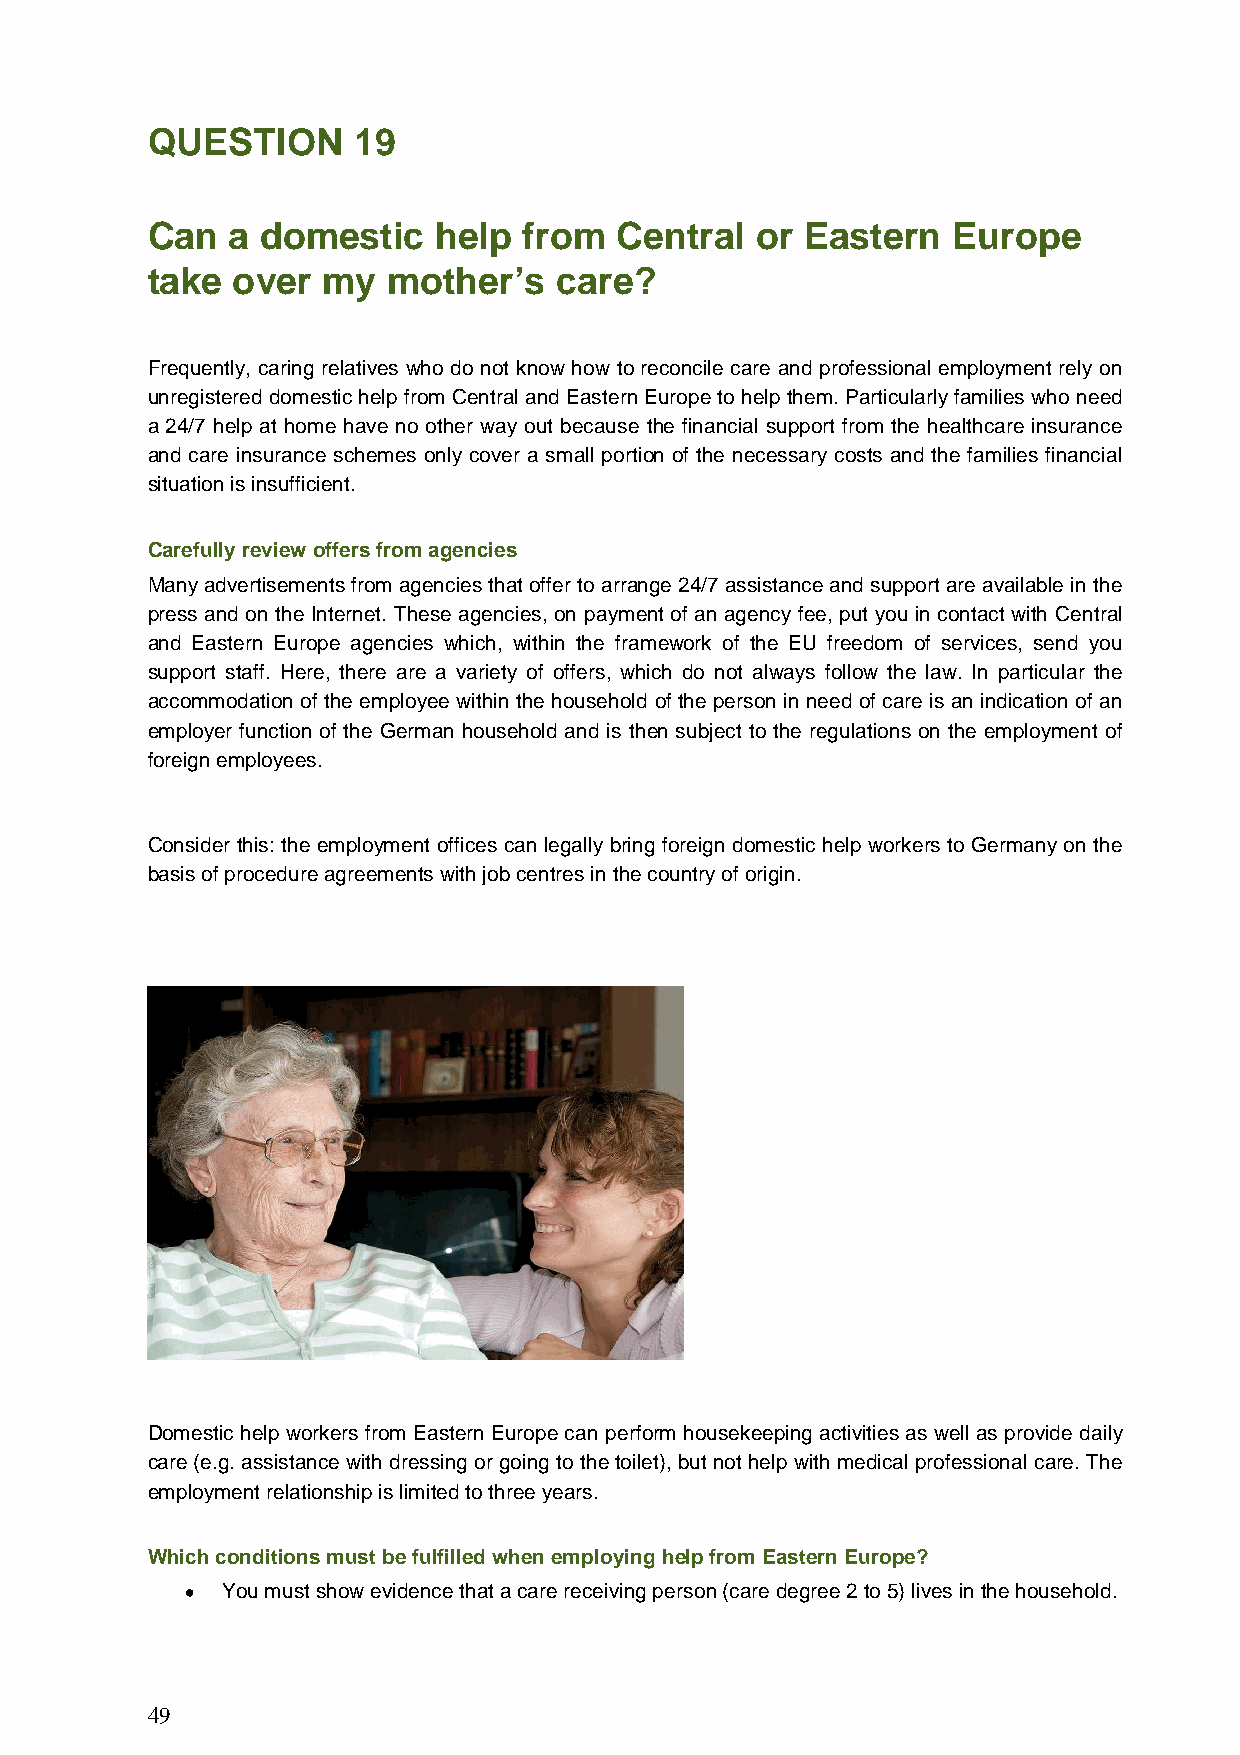
QUESTION     19
 Can  a domestic    help  from  Central  or Eastern   Europe
 take over  my   mother’s   care?
 Frequently, caring relatives who do not know how to reconcile care and professional employment rely on
 unregistered domestic help from Central and Eastern Europe to help them. Particularly families who need
 a 24/7 help at home have no other way out because the financial support from the healthcare insurance
 and care insurance schemes only cover a small portion of the necessary costs and the families financial
 situation is insufficient.
 Carefully review offers from agencies
 Many advertisements from agencies that offer to arrange 24/7 assistance and support are available in the
 press and on the Internet. These agencies, on payment of an agency fee, put you in contact with Central
 and Eastern Europe agencies which, within the framework of the EU freedom of services, send you
 support staff. Here, there are a variety of offers, which do not always follow the law. In particular the
 accommodation of the employee within the household of the person in need of care is an indication of an
 employer function of the German household and is then subject to the regulations on the employment of
 foreign employees.
 Consider this: the employment offices can legally bring foreign domestic help workers to Germany on the
 basis of procedure agreements with job centres in the country of origin.
 Domestic help workers from Eastern Europe can perform housekeeping activities as well as provide daily
 care (e.g. assistance with dressing or going to the toilet), but not help with medical professional care. The
 employment relationship is limited to three years.
 Which conditions must be fulfilled when employing help from Eastern Europe?
 •  You must show evidence that a care receiving person (care degree 2 to 5) lives in the household.
 49